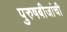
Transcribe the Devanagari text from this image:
पुरुषबीजांची